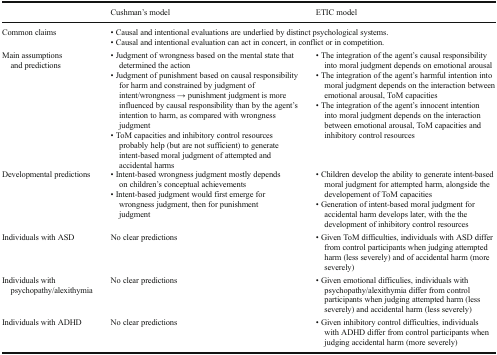
<table><thead><tr><td></td><td><b>Cushman’s model</b></td><td><b>ETIC model</b></td></tr></thead><tbody><tr><td>Common claims</td><td colspan="2">• Causal and intentional evaluations are underlied by distinct psychological systems.• Causal and intentional evaluation can act in concert, in conflict or in competition.</td></tr><tr><td>Main assumptions and predictions</td><td>• Judgment of wrongness based on the mental state that determined the action• Judgment of punishment based on causal responsibility for harm and constrained by judgment of intent/wrongness → punishment judgment is more influenced by causal responsibility than by the agent’s intention to harm, as compared with wrongness judgment• ToM capacities and inhibitory control resources probably help (but are not sufficient) to generate intent-based moral judgment of attempted and accidental harms</td><td>• The integration of the agent’s causal responsibility into moral judgment depends on emotional arousal• The integration of the agent’s harmful intention into moral judgment depends on the interaction between emotional arousal, ToM capacities• The integration of the agent’s innocent intention into moral judgment depends on the interaction between emotional arousal, ToM capacities and inhibitory control resources</td></tr><tr><td>Developmental predictions</td><td>• Intent-based wrongness judgment mostly depends on children’s conceptual achievements• Intent-based judgment would first emerge for wrongness judgment, then for punishment judgment</td><td>• Children develop the ability to generate intent-based moral judgment for attempted harm, alongside the developement of ToM capacities• Generation of intent-based moral judgment for accidental harm develops later, with the the development of inhibitory control resources</td></tr><tr><td>Individuals with ASD</td><td>No clear predictions</td><td>• Given ToM difficulties, individuals with ASD differ from control participants when judging attempted harm (less severely) and of accidental harm (more severely)</td></tr><tr><td>Individuals with psychopathy/alexithymia</td><td>No clear predictions</td><td>• Given emotional difficulies, individuals with psychopathy/alexithymia differ from control participants when judging attempted harm (less severely) and accidental harm (less severely)</td></tr><tr><td>Individuals with ADHD</td><td>No clear predictions</td><td>• Given inhibitory control difficulties, individuals with ADHD differ from control participants when judging accidental harm (more severely)</td></tr></tbody></table>